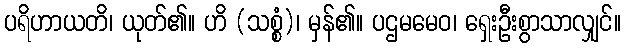
ပရိဟာယတိ၊ ယုတ်၏။ ဟိ (သစ္စံ)၊ မှန်၏။ ပဌမမေဝ၊ ရှေးဦးစွာသာလျှင်။